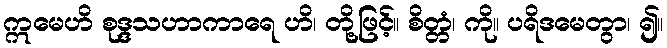
ဣမေဟိ စုဒ္ဒသဟာကာရေ ဟိ၊ တို့ဖြင့်။ စိတ္တံ၊ ကို။ ပရိဒမေတွာ၊ ၍။